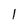
Character: l